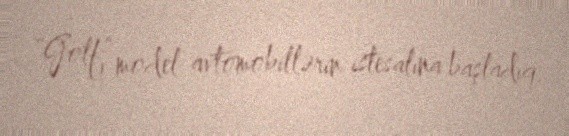
“Golf” model avtomobillərin istesalına başladıq.